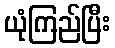
ယုံကြည်ပြီး